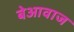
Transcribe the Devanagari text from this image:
बेआवाज